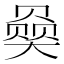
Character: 𪥠